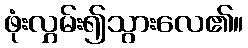
ဖုံးလွှမ်း၍သွားလေ၏။